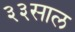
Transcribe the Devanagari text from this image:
३३साल